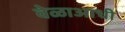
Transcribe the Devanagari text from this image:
वेळाआधी